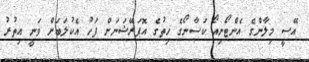
އޭސީ މިލާންގެ އެންޓޯނިއޯ ކަސާނޯގެ ހިތުގެ އޮޕަރޭޝަނަށް ފަހު އެކުލަބަށް ވަނީ އިތުރު